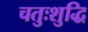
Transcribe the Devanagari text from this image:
चतुःशुद्धि